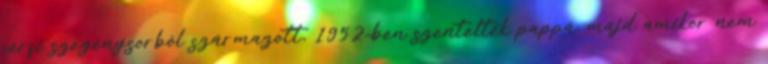
férfi szegénysorból származott, 1952-ben szentelték pappá, majd amikor nem